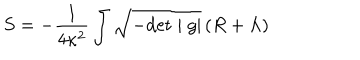
S = - \frac { 1 } { 4 \kappa ^ { 2 } } \int \sqrt { - \mathrm { d e t } \mid g \mid } \, ( R + \Lambda )